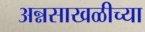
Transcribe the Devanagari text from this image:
अन्नसाखळीच्या